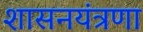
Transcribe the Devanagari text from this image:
शासनयंत्रणा